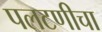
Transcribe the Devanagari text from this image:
पलटणीचा